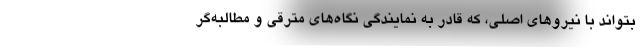
بتواند با نیروهای اصلی، که قادر به نمایندگی نگاه‌های مترقی و مطالبه‌گر